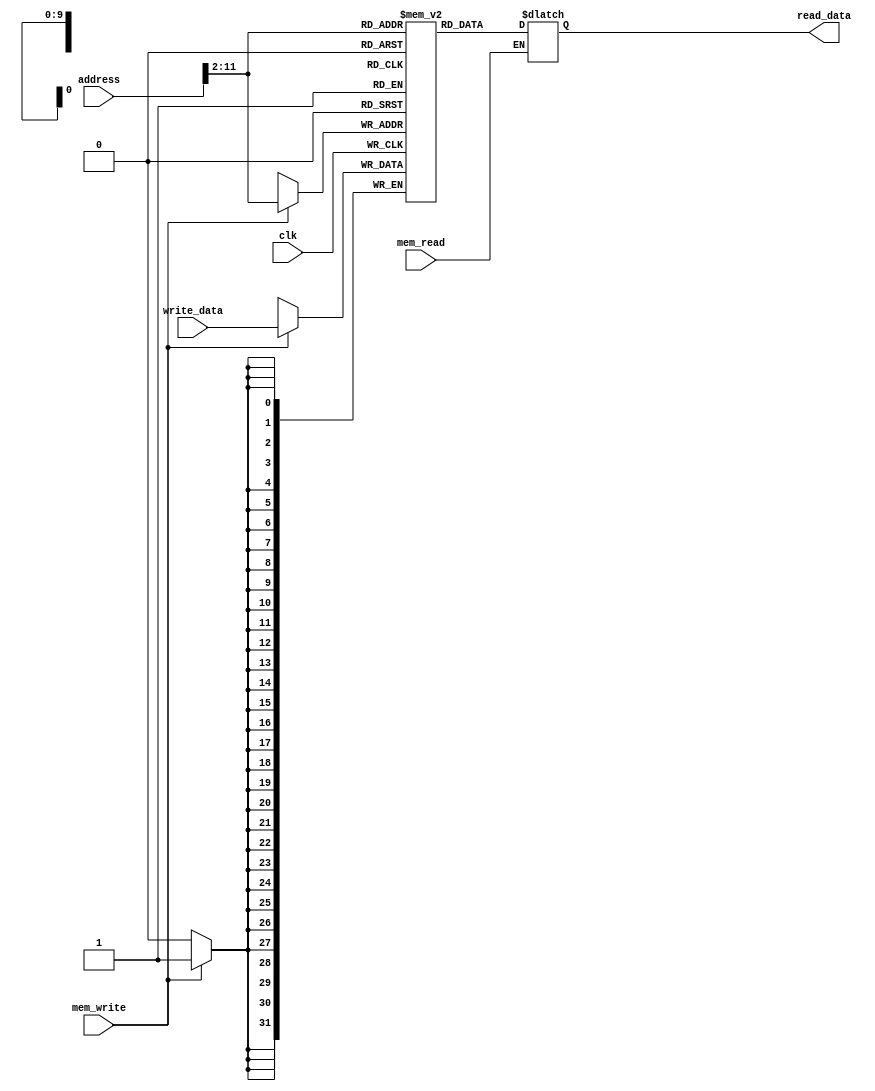
`timescale 1ns / 1ps
//////////////////////////////////////////////////////////////////////////////////
// Company: 
// Engineer: 
// 
// Design Name: 
// Module Name: data_memory
// Project Name: 
// Target Devices: 
// Tool Versions: 
// Description: 
// 
// Dependencies: 
// 
// Revision:
// Revision 0.01 - File Created
// Additional Comments:
// 
//////////////////////////////////////////////////////////////////////////////////


module data_memory(input clk,       
                   input mem_read,
                   input mem_write,
                   input [31:0] address,
                   input [31:0] write_data,
                   output reg [31:0] read_data
                   );
                   
reg [31:0] memorie [0:1023];

//initilizam memoria cu 0
integer i;
initial begin
    for(i = 0; i < 1024; i = i + 1)
    begin
        memorie[i] = 32'b0;
    end
end
//scriere pe ceas (sincrona)

always @(posedge clk)
begin
    if(mem_write)
    begin
        //11:2 pentru ca avem doar 1024 de intrari in memorie si na 10 biti
        memorie[address[11:2]] = write_data;
    end
end

//citire asincrona (cand vrea ea)
always @(mem_read, address)
begin
    if(mem_read)
    begin
        read_data = memorie[address[11:2]];
    end
end
endmodule